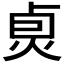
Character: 𤈴